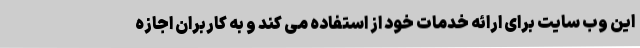
این وب سایت برای ارائه خدمات خود از استفاده می کند و به کاربران اجازه